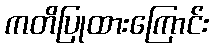
ကတိပြုထားကြောင်း